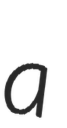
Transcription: a